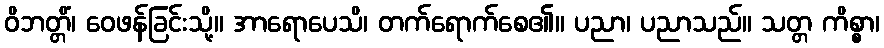
ဝိဘတ္တိံ၊ ဝေဖန်ခြင်းသို့။ အာရောပေသိ၊ တက်ရောက်စေ၏။ ပညာ၊ ပညာသည်။ သတ္တ ကိစ္စာ၊